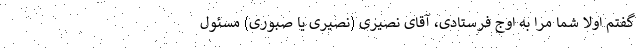
گفتم اولا شما مرا به اوج فرستادی، آقای نصیری (نصیری یا صبوری) مسئول